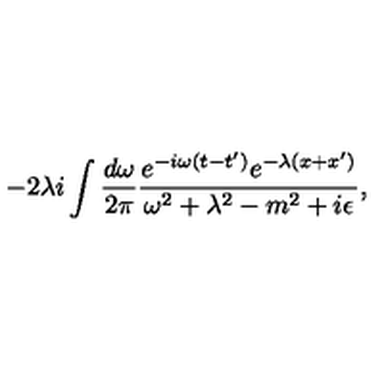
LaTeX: - 2 \lambda i \int \frac { d \omega } { 2 \pi } \frac { e ^ { - i \omega ( t - t ^ { \prime } ) } e ^ { - \lambda ( x + x ^ { \prime } ) } } { \omega ^ { 2 } + \lambda ^ { 2 } - m ^ { 2 } + i \epsilon } ,